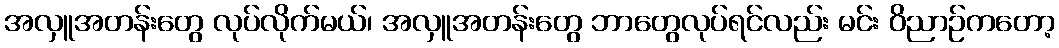
အလှူအတန်းတွေ လုပ်လိုက်မယ်၊ အလှူအတန်းတွေ ဘာတွေလုပ်ရင်လည်း မင်း ဝိညာဉ်ကတော့